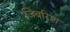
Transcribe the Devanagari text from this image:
जिबरिश